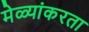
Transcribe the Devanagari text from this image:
मेळ्यांकरता